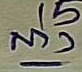
ล่าง